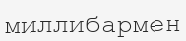
миллибармен